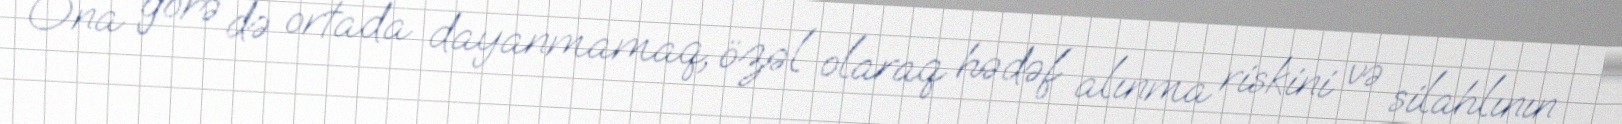
Ona görə də ortada dayanmamaq, özəl olaraq hədəf alınma riskini və silahlının